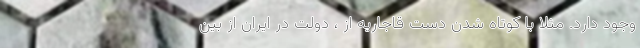
وجود دارد. مثلا با کوتاه شدن دست قاجاریه از ، دولت در ایران از بین